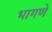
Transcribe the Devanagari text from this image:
भागणे